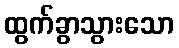
ထွက်ခွာသွားသော